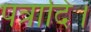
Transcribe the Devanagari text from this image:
पत्रादि।